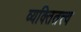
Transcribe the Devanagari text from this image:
व्यक्तितत्त्व